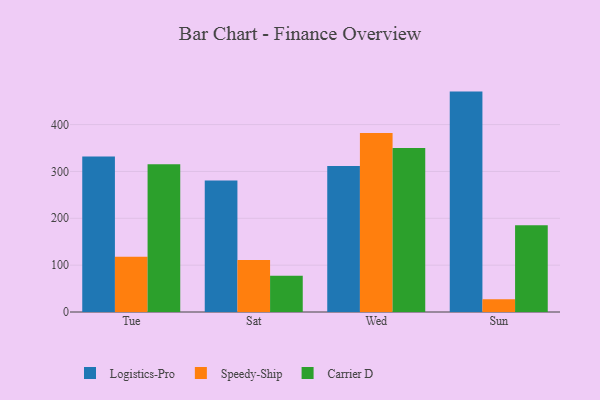
{"axis": {"x": "Day", "y": "Website Visitors"}, "legend": ["Carrier D", "Logistics-Pro", "Speedy-Ship"], "data": [{"x": "Tue", "y": 332.0, "type": "Logistics-Pro"}, {"x": "Tue", "y": 117.7, "type": "Speedy-Ship"}, {"x": "Tue", "y": 315.3, "type": "Carrier D"}, {"x": "Sat", "y": 280.4, "type": "Logistics-Pro"}, {"x": "Sat", "y": 111.0, "type": "Speedy-Ship"}, {"x": "Sat", "y": 77.3, "type": "Carrier D"}, {"x": "Wed", "y": 311.4, "type": "Logistics-Pro"}, {"x": "Wed", "y": 382.3, "type": "Speedy-Ship"}, {"x": "Wed", "y": 349.8, "type": "Carrier D"}, {"x": "Sun", "y": 470.4, "type": "Logistics-Pro"}, {"x": "Sun", "y": 27.2, "type": "Speedy-Ship"}, {"x": "Sun", "y": 185.0, "type": "Carrier D"}]}